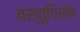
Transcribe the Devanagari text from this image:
वस्तुविशेष